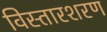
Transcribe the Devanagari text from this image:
विस्तारशरण